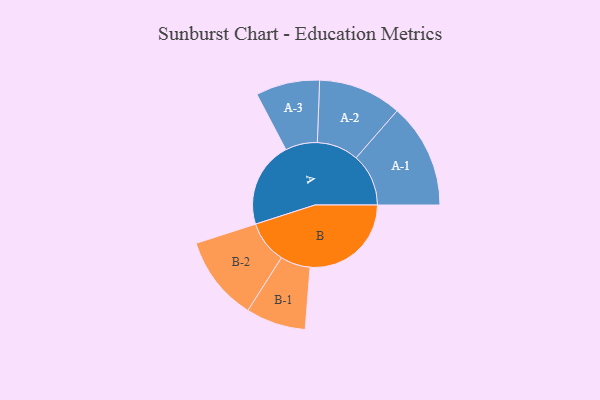
{"axis": {"x": "Segment", "y": "Value"}, "legend": ["", "A", "B"], "data": [{"x": "A", "y": 424, "type": ""}, {"x": "B", "y": 500, "type": ""}, {"x": "A-1", "y": 259, "type": "A"}, {"x": "A-2", "y": 206, "type": "A"}, {"x": "A-3", "y": 158, "type": "A"}, {"x": "B-1", "y": 148, "type": "B"}, {"x": "B-2", "y": 210, "type": "B"}]}